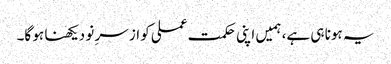
یہ ہونا ہی ہے، ہمیں اپنی حکمت عملی کو از سرِ نو دیکھنا ہو گا۔